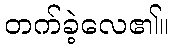
တက်ခဲ့လေ၏။